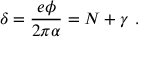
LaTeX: \delta = \frac { e \phi } { 2 \pi \alpha } = N + \gamma \ .